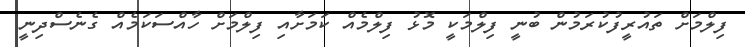
ފިލްމަށް ތައުރީފުކުރަމުން ބުނީ ފިލްމަކީ މޮޅު ފިލްމެއް ކަމަށާއި ފިލްމަށް ހާއްސަކަމެއް ގެނެސްދިނީ